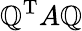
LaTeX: \mathbb{Q}^{\mathrm{{T}}}A\mathbb{Q}